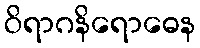
ဝိရာဂနိရောဓေန